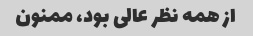
از همه نظر عالی بود، ممنون